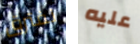
نفترق عليه